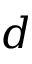
d